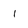
Character: 1